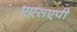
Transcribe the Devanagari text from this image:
एएसएपी